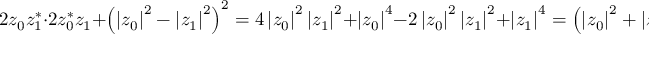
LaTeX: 2 z _ { 0 } z _ { 1 } ^ { \ast } \cdot 2 z _ { 0 } ^ { \ast } z _ { 1 } + \left( \left| z _ { 0 } \right| ^ { 2 } - \left| z _ { 1 } \right| ^ { 2 } \right) ^ { 2 } = 4 \left| z _ { 0 } \right| ^ { 2 } \left| z _ { 1 } \right| ^ { 2 } + \left| z _ { 0 } \right| ^ { 4 } - 2 \left| z _ { 0 } \right| ^ { 2 } \left| z _ { 1 } \right| ^ { 2 } + \left| z _ { 1 } \right| ^ { 4 } = \left( \left| z _ { 0 } \right| ^ { 2 } + \left| z _ { 1 } \right| ^ { 2 } \right) ^ { 2 } = 1